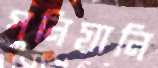
পুনিয়ানি